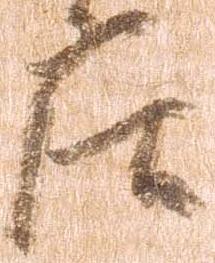
庄